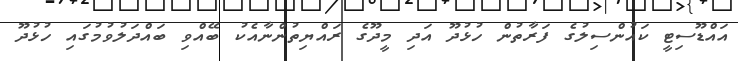
އައްޑޫސިޓީ ކައުންސިލުގެ ފަރާތުން ހުޅުދޫ އަދި މީދޫގެ ރައްޔިތުންނާއެކު ބޭއްވި ބައްދަލުވުމުގައި ހުޅުދޫ